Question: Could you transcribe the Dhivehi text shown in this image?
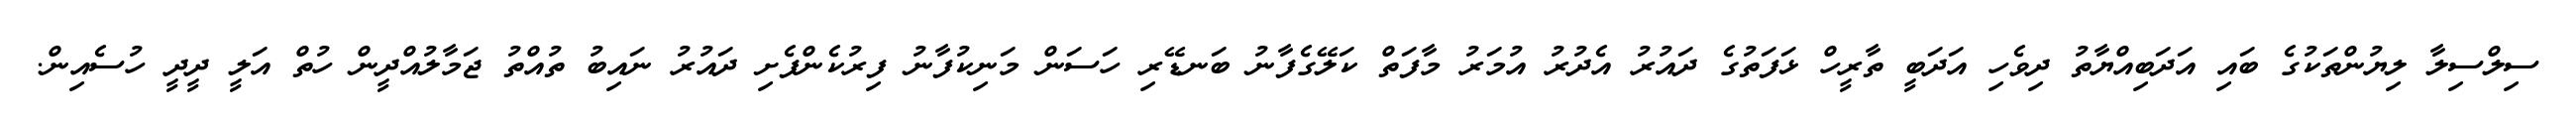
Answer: ސިލްސިލާ ލިޔުންތަކުގެ ބައި އަދަބިއްޔާތު ދިވެހި އަދަބީ ތާރީހް ޅަފަތުގެ ދައުރު އެދުރު އުމަރު މާފަތް ކަލޭގެފާނު ބަނޑޭރި ހަސަން މަނިކުފާނު ފިރުކެންފެށި ދައުރު ނައިބު ތުއްތު ޖަމާލުއްދީން ހުތް އަލީ ދީދީ ހުސެއިން.